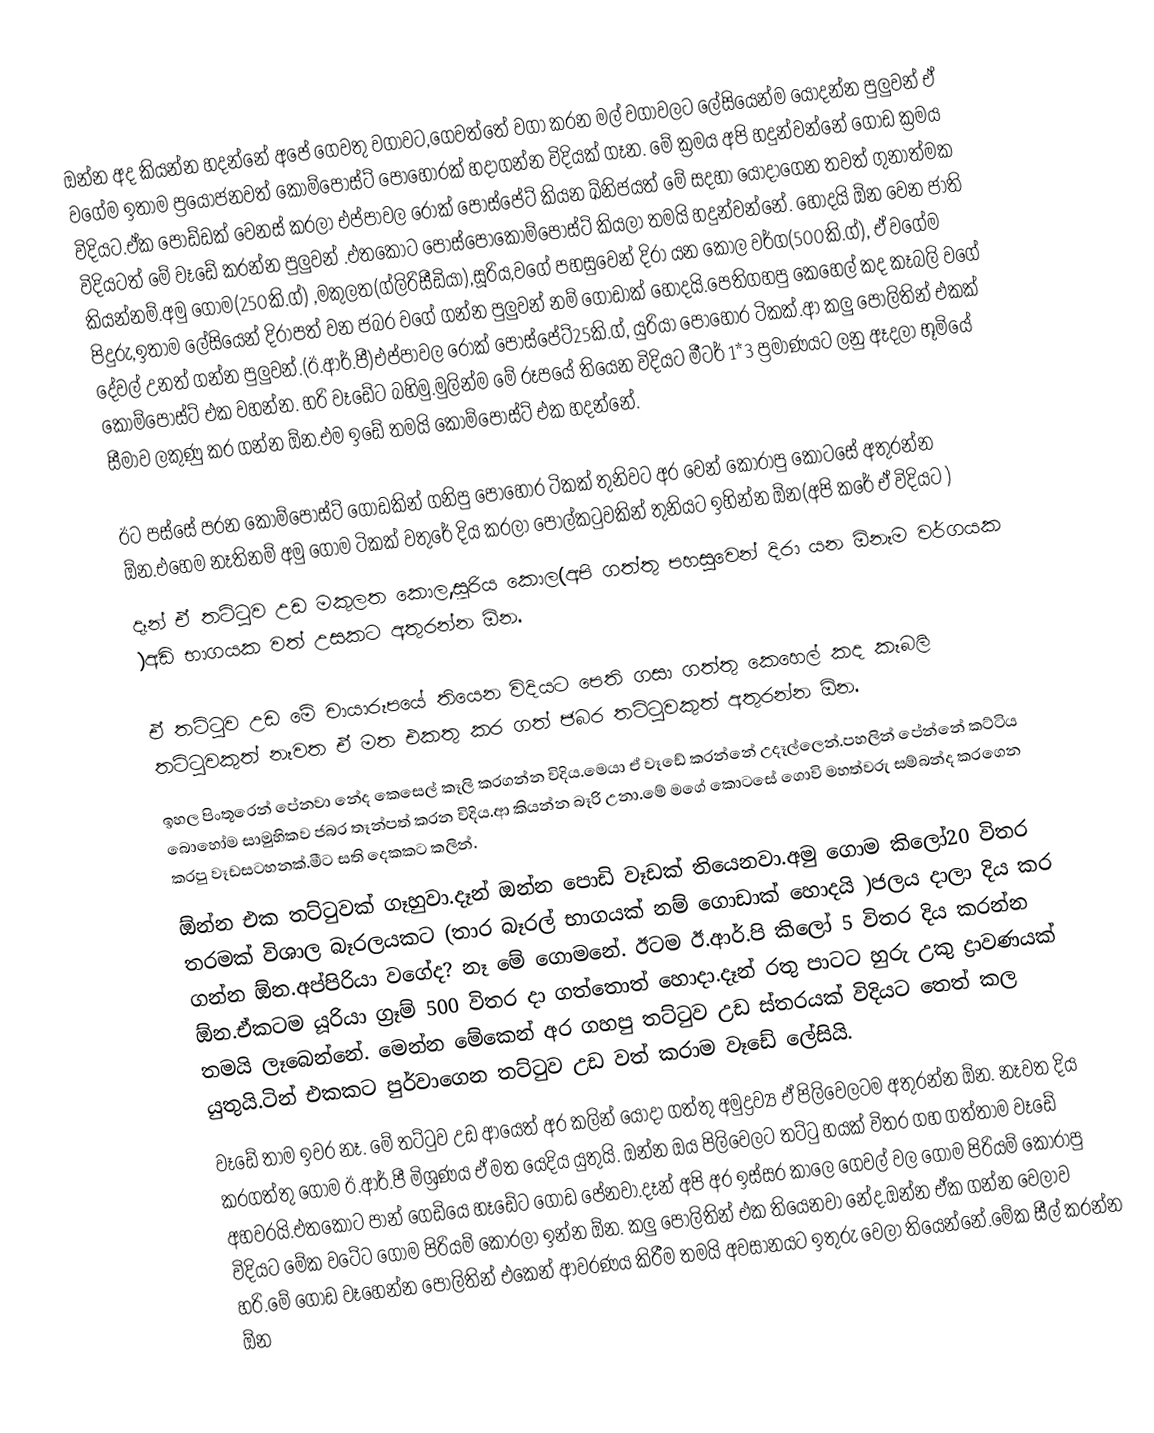
ඔන්න අද කියන්න හදන්නේ අපේ ගෙවතු වගාවට,ගෙවත්තේ වගා කරන මල් වගාවලට ලේසියෙන්ම යොදන්න පුලුවන් ඒ වගේම ඉතාම ප්‍රයෝජනවත් කොම්පෝස්ට් පොහොරක් හදාගන්න විදියක් ගෑන. මේ ක්‍රමය අපි හදුන්වන්නේ ගොඩ ක්‍රමය විදියට.ඒක පොඩ්ඩක් වෙනස් කරලා එප්පාවල රොක් පොස්පේට් කියන ඛ්නිජයත් මේ සදහා යොදාගෙන තවත් ගුනාත්මක විදියටත් මේ වෑඩේ කරන්න පුලුවන් .එතකොට පොස්පොකොම්පෝස්ට් කියලා තමයි හදුන්වන්නේ. හොදයි ඕන වෙන ජාති කියන්නම්.අමු ගොම(250කි.ග්) ,මකුලත(ග්ලිරිසීඩියා),සූරිය,වගේ පහසුවෙන් දිරා යන කොල වර්ග(500කි.ග්), ඒ වගේම පිදුරු,ඉතාම ලේසියෙන් දිරාපත් වන ජබර වගේ ගන්න පුලුවන් නම් ගොඩාක් හොදයි.පෙතිගහපු කෙහෙල් කද කෑබලි වගේ දේවල් උනත් ගන්න පුලුවන්.(ඊ.ආර්.පී)එප්පාවල රොක් පොස්පේට්25කි.ග්, යුරියා පොහොර ටිකක්.ආ කලු පොලිතින් එකක් කොම්පෝස්ට් එක වහන්න. හරි වෑඩේට බහිමු.මුලින්ම මේ රූපයේ තියෙන විදියට මීටර් 1*3 ප්‍රමාණයට ලනු ඈදලා භූමියේ සීමාව ලකුණු කර ගන්න ඕන.එම ඉඩේ තමයි කොම්පෝස්ට් එක හදන්නේ.

ඊට පස්සේ පරන කොම්පෝස්ට් ගොඩකින් ගනිපු පොහොර ටිකක් තුනිවට අර වෙන් කොරාපු කොටසේ අතුරන්න ඕන.එහෙම නෑතිනම් අමු ගොම ටිකක් වතුරේ දිය කරලා පොල්කටුවකින් තුනියට ඉහින්න ඕන(අපි කරේ ඒ විදියට )
දෑන් ඒ තට්ටුව උඩ මකුලත කොල,සූරිය කොල(අපි ගත්තු පහසුවෙන් දිරා යන ඕනෑම වර්ගයක )අඩි භාගයක වත් උසකට අතුරන්න ඕන.

ඒ තට්ටුව උඩ මේ චායාරූපයේ තියෙන විදියට පෙති ගසා ගත්තු කෙහෙල් කද කෑබලි තට්ටුවකුත් නෑවත ඒ මත එකතු කර ගත් ජබර තට්ටුවකුත් අතුරන්න ඕන.
ඉහල පිංතූරෙන් පේනවා නේද කෙසෙල් කෑලි කරගන්න විදිය.මෙයා ඒ වෑඩේ කරන්නේ උදෑල්ලෙන්.පහලින් පේන්නේ කට්ටිය බොහෝම සාමුහිකව ජබර තෑන්පත් කරන විදිය.ආ කියන්න බෑරි උනා.මේ මගේ කොටසේ ගොවි මහත්වරු සම්බන්ද කරගෙන කරපු වෑඩසටහනක්.මීට සති දෙකකට කලින්.
ඕන්න එක තට්ටුවක් ගෑහුවා.දෑන් ඔන්න පොඩි වෑඩක් තියෙනවා.අමු ගොම කිලෝ20 විතර තරමක් විශාල බෑරලයකට (තාර බෑරල් භාගයක් නම් ගොඩාක් හොදයි )ජලය දාලා දිය කර ගන්න ඕන.අප්පිරියා වගේද? නෑ මේ ගොමනේ. ඊටම ඊ.ආර්.පි කිලෝ 5 විතර දිය කරන්න ඕන.ඒකටම යූරියා ග්‍රෑම් 500 විතර දා ගත්තොත් හොදා.දෑන් රතු පාටට හුරු උකු ද්‍රාවණයක් තමයි ලෑබෙන්නේ. මෙන්න මේකෙන් අර ගහපු තට්ටුව උඩ ස්තරයක් විදියට තෙත් කල යුතුයි.ටින් එකකට පුර්වාගෙන තට්ටුව උඩ වත් කරාම වෑඩේ ලේසියි.
වෑඩේ තාම ඉවර නෑ. මේ තට්ටුව උඩ ආයෙත් අර කලින් යොදා ගත්තු අමුද්‍රව්‍ය ඒ පිලිවෙලටම අතුරන්න ඕන. නෑවත දිය කරගත්තු ගොම ඊ.ආර්.පී මිශ්‍රණය ඒ මත යෙදිය යුතුයි. ඔන්න ඔය පිලිවෙලට තට්ටු හයක් විතර ගහ ගත්තාම වෑඩේ අහවරයි.එතකොට පාන් ගෙඩියෙ හෑඩේට ගොඩ පේනවා.දෑන් අපි අර ඉස්සර කාලෙ ගෙවල් වල ගොම පිරියම් කොරාපු විදියට මේක වටේට ගොම පිරියම් කොරලා ඉන්න ඕන. කලු පොලිතින් එක තියෙනවා නේද.ඔන්න ඒක ගන්න වෙලාව හරි.මේ ගොඩ වෑහෙන්න පොලිතින් එකෙන් ආවරණය කිරීම තමයි අවසානයට ඉතුරු වෙලා තියෙන්නේ.මේක සීල් කරන්න ඕන